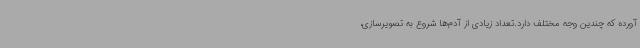
آورده که چندین وجه مختلف دارد.تعداد زیادی از آدم‌ها شروع به تصویرسازی،